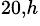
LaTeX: ^{20,h}